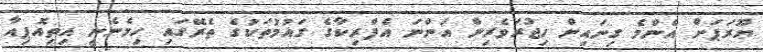
ޔޫރަޕަށް އެންމެ ގިނައިން ހިޖުރަވެރިން އަންނަ އެފްރިކާގެ ގައުމުތަކުގެ ތެރޭގައި ހިމެނެނީ އިތިއޮޕިއާ